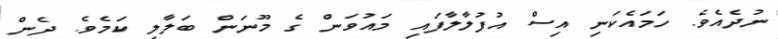
ނުދެއެވެ. ހަމައެކަނި އިސް އުފުލާލާފައި މައުވަން ގެ މޫނަން ބަލާލި ކަމެވެ. ދެން